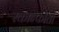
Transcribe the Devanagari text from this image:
स्कान्फोतो